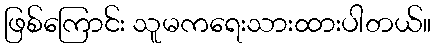
ဖြစ်ကြောင်း သူမကရေးသားထားပါတယ်။